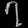
Digit: ၇